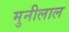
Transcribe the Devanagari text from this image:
मुनीलाल